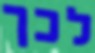
לכך